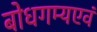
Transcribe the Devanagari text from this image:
बोधगम्यएवं